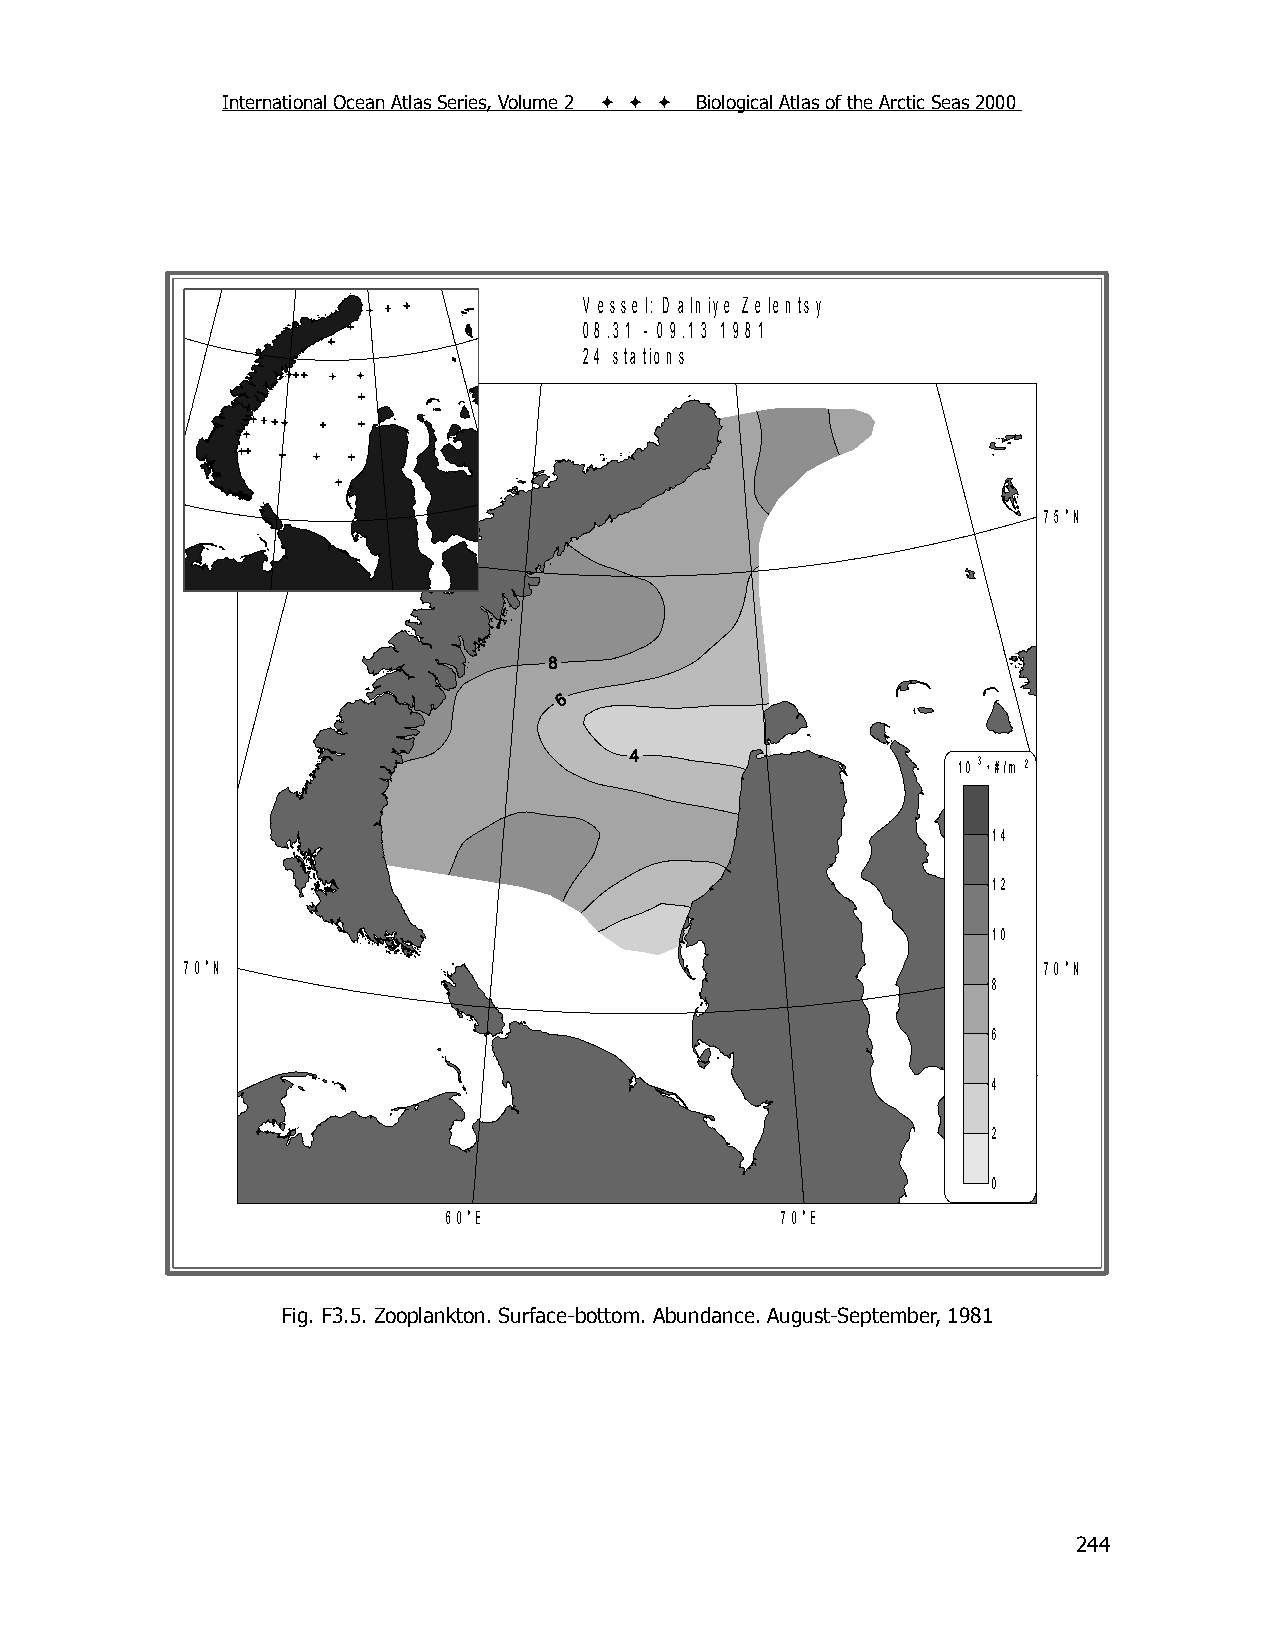
International Ocean Atlas Series, Volume 2    Biological Atlas of the Arctic Seas 2000
 V e ss e l: D a ln iy e Z e le n ts y
 0 8 .3 1 - 0 9 .1 3 1 9 8 1
 2 4 sta tio n s
 75°N
 10 3 * #/m 2
 14
 12
 10
 70°N                                                     70°N
 8
 6
 4
 2
 0
 60°E                  70°E
 Fig. F3.5. Zooplankton. Surface-bottom. Abundance. August-September, 1981
 244